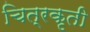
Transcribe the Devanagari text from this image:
चित्रकृती